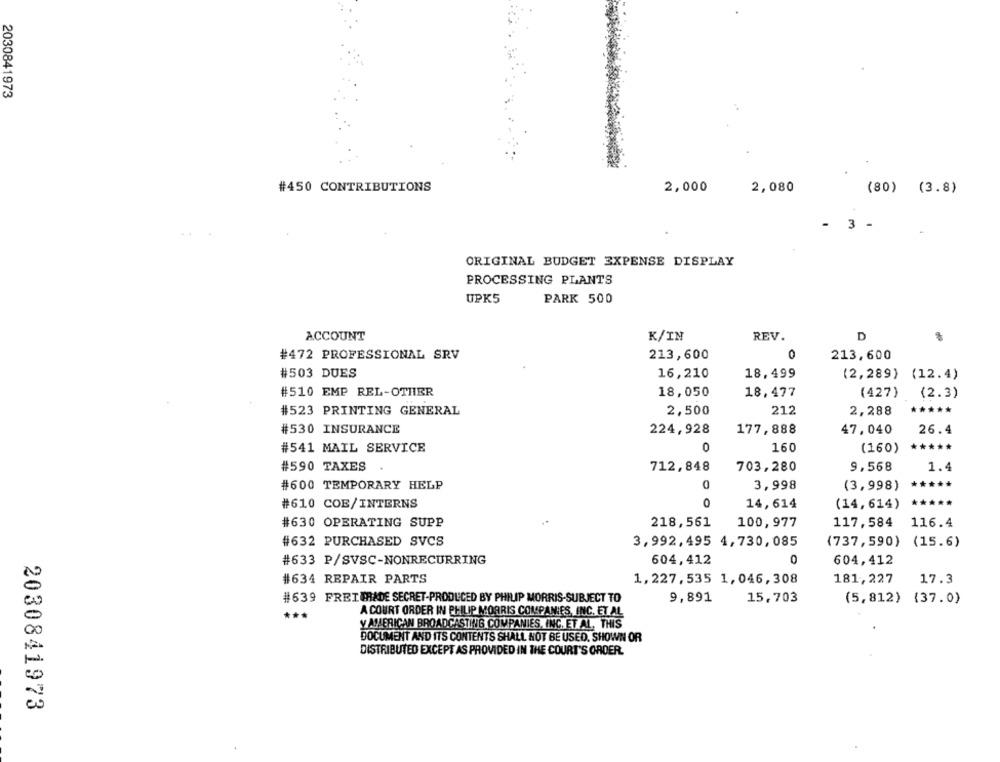
2030841973
#450 CONTRIBUTIONS
2,000
2,080
(80) (3.8)
- 3 -
ORIGINAL BUDGET EXPENSE DISPLAY
PROCESSING PLANTS
UPK5
PARK 500
ACCOUNT
K/IN
REV.
D
#472 PROFESSIONAL SRV
213,600
0
213,600
#503 DUES
16,210
18,499
(2,289) (12.4)
#510 EMP REL-OTHER
18,050
18,477
(427)
(427) (2.3)
(2.3)
#523 PRINTING GENERAL
2,500
212
2,288
*****
#530 INSURANCE
224,928
177,888
47. 040
26.4
#541 MAIL SERVICE
0
160
(160)
*****
#590 TAXES
712,848
703,280
9,568
1.4
#600 TEMPORARY HELP
3,998
(3,998)
*****
#610 COE/INTERNS
0
*****
14,614
(14,614)
#630 OPERATING SUPP
218,561
100,977
117,584
116.4
#632 PURCHASED SVCS
3,992,495 4,730,085
(737,590) (15.6)
#633 P/SVSC-NONRECURRING
604,412
O
604,412
#634 REPAIR PARTS
181,227
1,227,535 1,046,308
17.3
#639 FREITRADE SECRET-PRODUCED BY PHILIP MORRIS-SUBJECT TO
9,891
15,703
(5,812) (37.0)
***
A COURT ORDER IN PHILIP MORRIS COMPANIES, INC. ET AL
Y AMERICAN BROADCASTING COMPANIES, INC. ET AL. THIS
DOCUMENT AND ITS CONTENTS SHALL NOT BE USED. SHOWN OR
DISTRIBUTED EXCEPT AS PROVIDED IN THE COURT'S ORDER.
2030841973